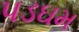
પડઘમ